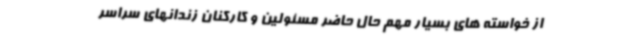
از خواسته های بسیار مهم حال حاضر مسئولین و کارکنان زندانهای سراسر